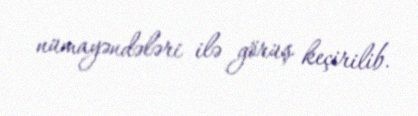
nümayəndələri ilə görüş keçirilib.